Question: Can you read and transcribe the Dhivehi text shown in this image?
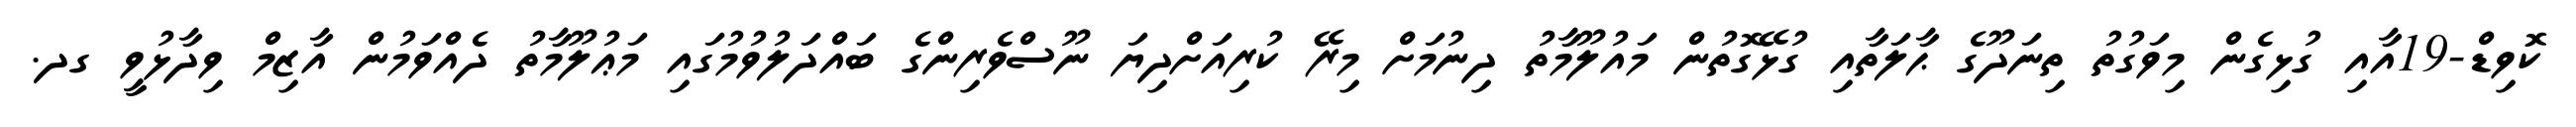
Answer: ކޮވިޑް-19އާއި ގުޅިގެން މިވަގުތު ތިނަދޫގެ ޙާލަތާއި ގުޅޭގޮތުން މައުލޫމާތު ދިނުމަށް މިރޭ ކުރިއަށްދިޔަ ނޫސްވެރިންގެ ބައްދަލުވުމުގައި މަޢުލޫމާތު ދެއްވަމުން އާޒިމް ވިދާޅުވީ ގދ.